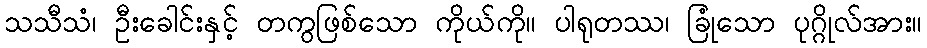
သသီသံ၊ ဦးခေါင်းနှင့် တကွဖြစ်သော ကိုယ်ကို။ ပါရုတဿ၊ ခြုံသော ပုဂ္ဂိုလ်အား။